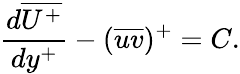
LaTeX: \frac{d\overline{{U^{+}}}}{dy^{+}}-(\overline{{uv}})^{+}=C.